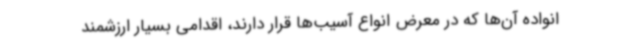
انواده آن‌ها که در معرض انواع آسیب‌ها قرار دارند، اقدامی بسیار ارزشمند